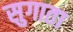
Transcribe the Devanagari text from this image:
सुगाता